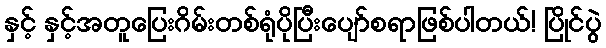
နှင့် နှင့်အတူပြေးဂိမ်းတစ်ရုံပိုပြီးပျော်စရာဖြစ်ပါတယ်! ပြိုင်ပွဲ